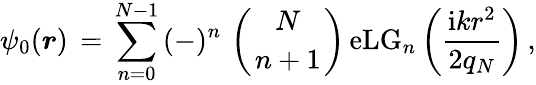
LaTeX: \begin{array}{l}{\displaystyle\psi_{0}(\boldsymbol{r})\, =\, \sum_{n=0}^{N-1}\, (-)^{n}\, \left({{N}\atop{n+1}}\right)\, \mathrm{eLG}_{n}\left(\frac{\mathrm{i}kr^{2}}{2q_{N}}\right)\, ,}\end{array}